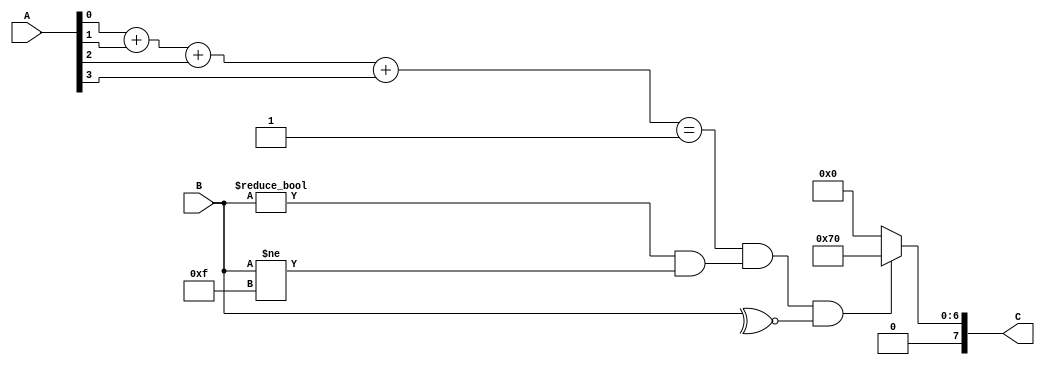
// case 4: Output 8'b1110000 if exactly 1 bit of the A switches is 1, and exactly 2 bits of the B switches are 1
module exact1or2(A,B,C);
	input [3:0]A, B;
	output reg [7:0]C;
	always @(*)
	begin
		if((A[0]+A[1]+A[2]+A[3])==1 && (B!=4'b0000 && B!=4'b1111) && ~^B )
		begin
			C = 8'b01110000;
		end
		else
		begin
			C = 8'b00000000;
		end
	end
endmodule


module case4(SW, B, ALUOut);
	input [7:0]SW;
	input [3:0]B;
	output [7:0]ALUOut;
	
	exact1or2 C4(.A(SW[3:0]), .B(SW[7:4]), .C(ALUOut));
endmodule